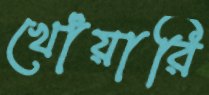
খোঁয়ারি